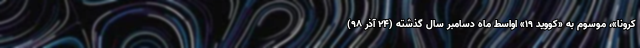
کرونا»، موسوم به «کووید ۱۹» اواسط ماه دسامبر سال گذشته (۲۴ آذر ۹۸)